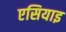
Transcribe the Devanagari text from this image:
एसियाइ